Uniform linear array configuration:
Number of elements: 32
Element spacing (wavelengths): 0.75
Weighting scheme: exponential
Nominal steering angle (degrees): -45
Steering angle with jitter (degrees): -45.554
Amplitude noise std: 0.05
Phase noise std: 0.05

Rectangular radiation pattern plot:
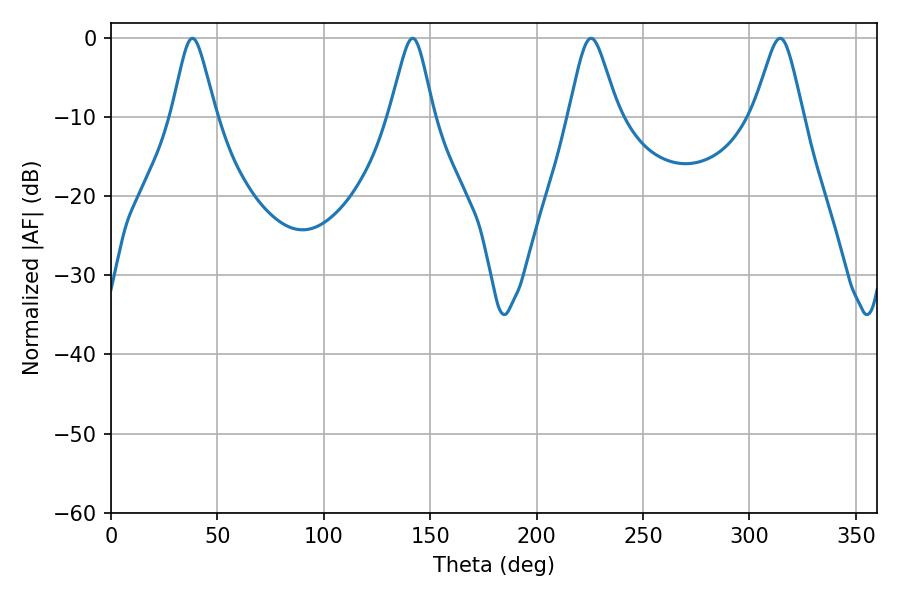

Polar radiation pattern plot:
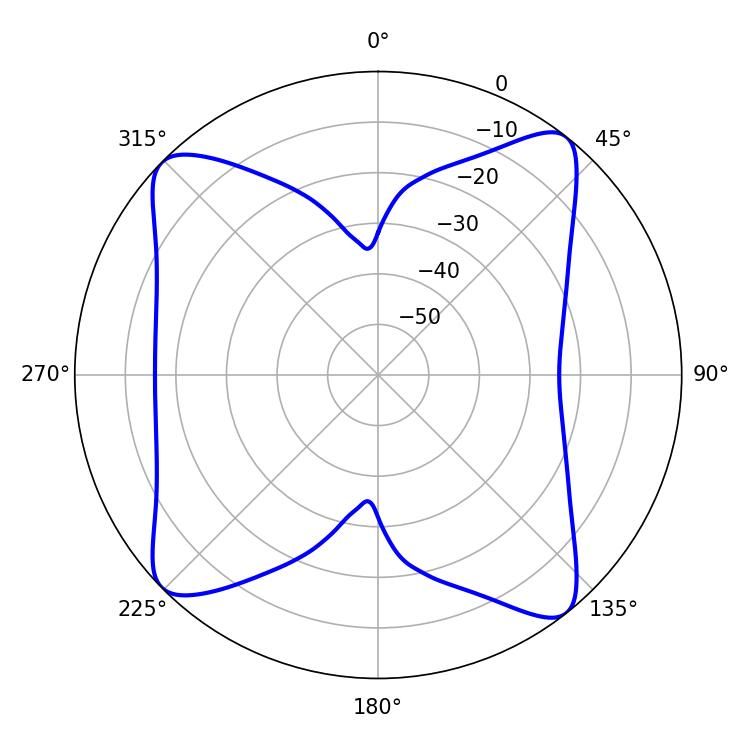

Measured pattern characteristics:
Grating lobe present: TRUE
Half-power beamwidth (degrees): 11.16
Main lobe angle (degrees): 225.54